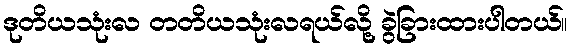
ဒုတိယသုံးလ တတိယသုံးလရယ်လို့ ခွဲခြားထားပါတယ်။